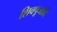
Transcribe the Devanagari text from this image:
शिवपूजादि